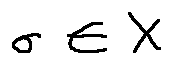
\sigma \in X